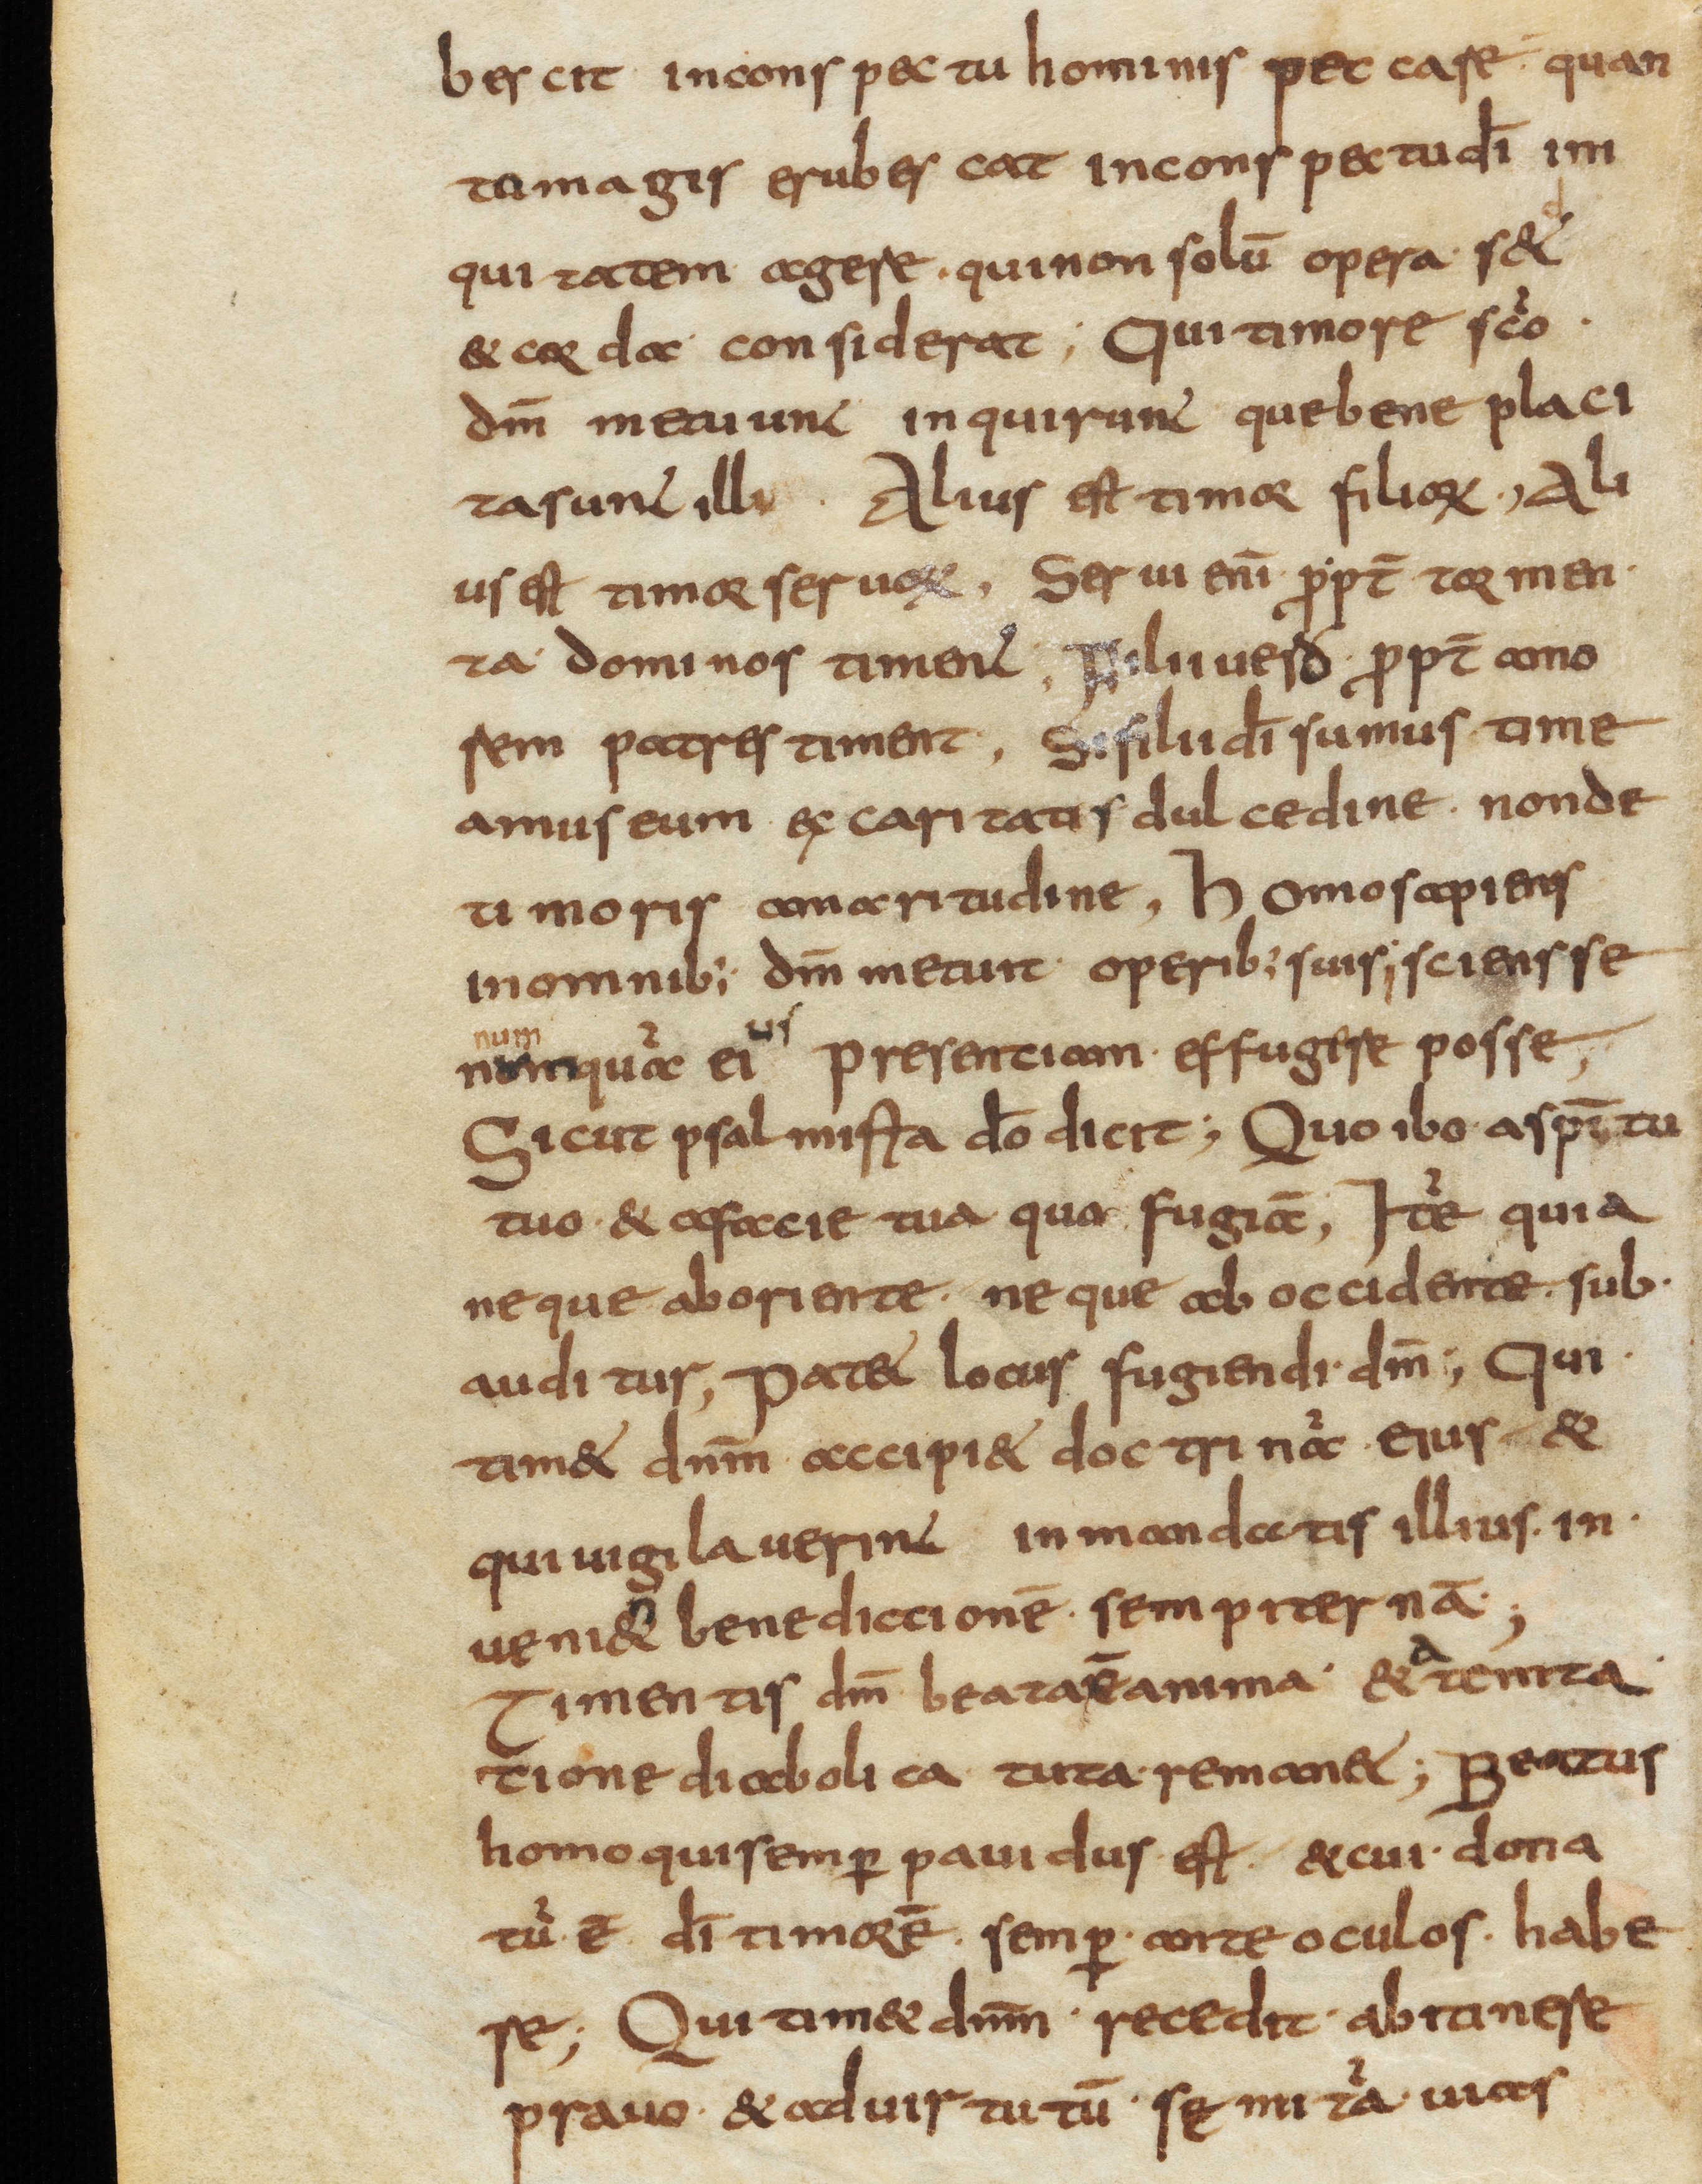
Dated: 800–899